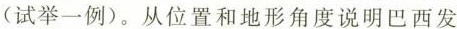
(试举一例)。从位置和地形角度说明巴西发